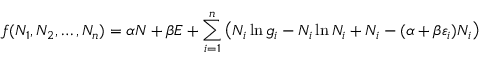
f ( N _ { 1 } , N _ { 2 } , \ldots , N _ { n } ) = \alpha N + \beta E + \sum _ { i = 1 } ^ { n } \left( N _ { i } \ln g _ { i } - N _ { i } \ln N _ { i } + N _ { i } - ( \alpha + \beta \varepsilon _ { i } ) N _ { i } \right)